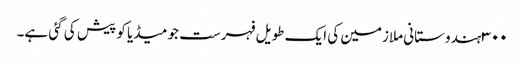
٣٠٠ ہندوستانی ملازمین کی ایک طویل فہرست جو میڈیا کو پیش کی گئی ہے۔